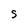
Character: S